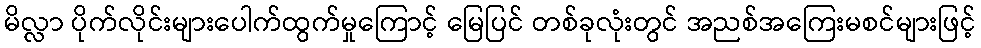
မိလ္လာ ပိုက်လိုင်းများပေါက်ထွက်မှုကြောင့် မြေပြင် တစ်ခုလုံးတွင် အညစ်အကြေးမစင်များဖြင့်